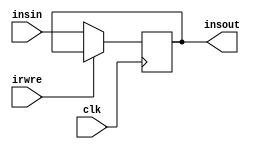
`timescale 1ns / 1ps
//////////////////////////////////////////////////////////////////////////////////
// Company: 
// Engineer: 
// 
// Design Name: 
// Module Name: ir
// Project Name: 
// Target Devices: 
// Tool Versions: 
// Description: 
// 
// Dependencies: 
// 
// Revision:
// Revision 0.01 - File Created
// Additional Comments:
// 
//////////////////////////////////////////////////////////////////////////////////


module ir(
input clk,
input irwre,
input [31:0]insin,
output reg [31:0]insout
    );
    always @(negedge clk)begin
    if(irwre==0) insout<=insin;
    else insout<=insout;
    end
endmodule